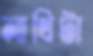
লাথিটা